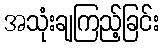
အသုံးချကြည့်ခြင်း